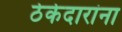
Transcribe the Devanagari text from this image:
ठेकेदारांना